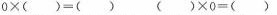
$$0 \times （ ） = （ ）$$ $$（ ） \times 0 = （ ）$$